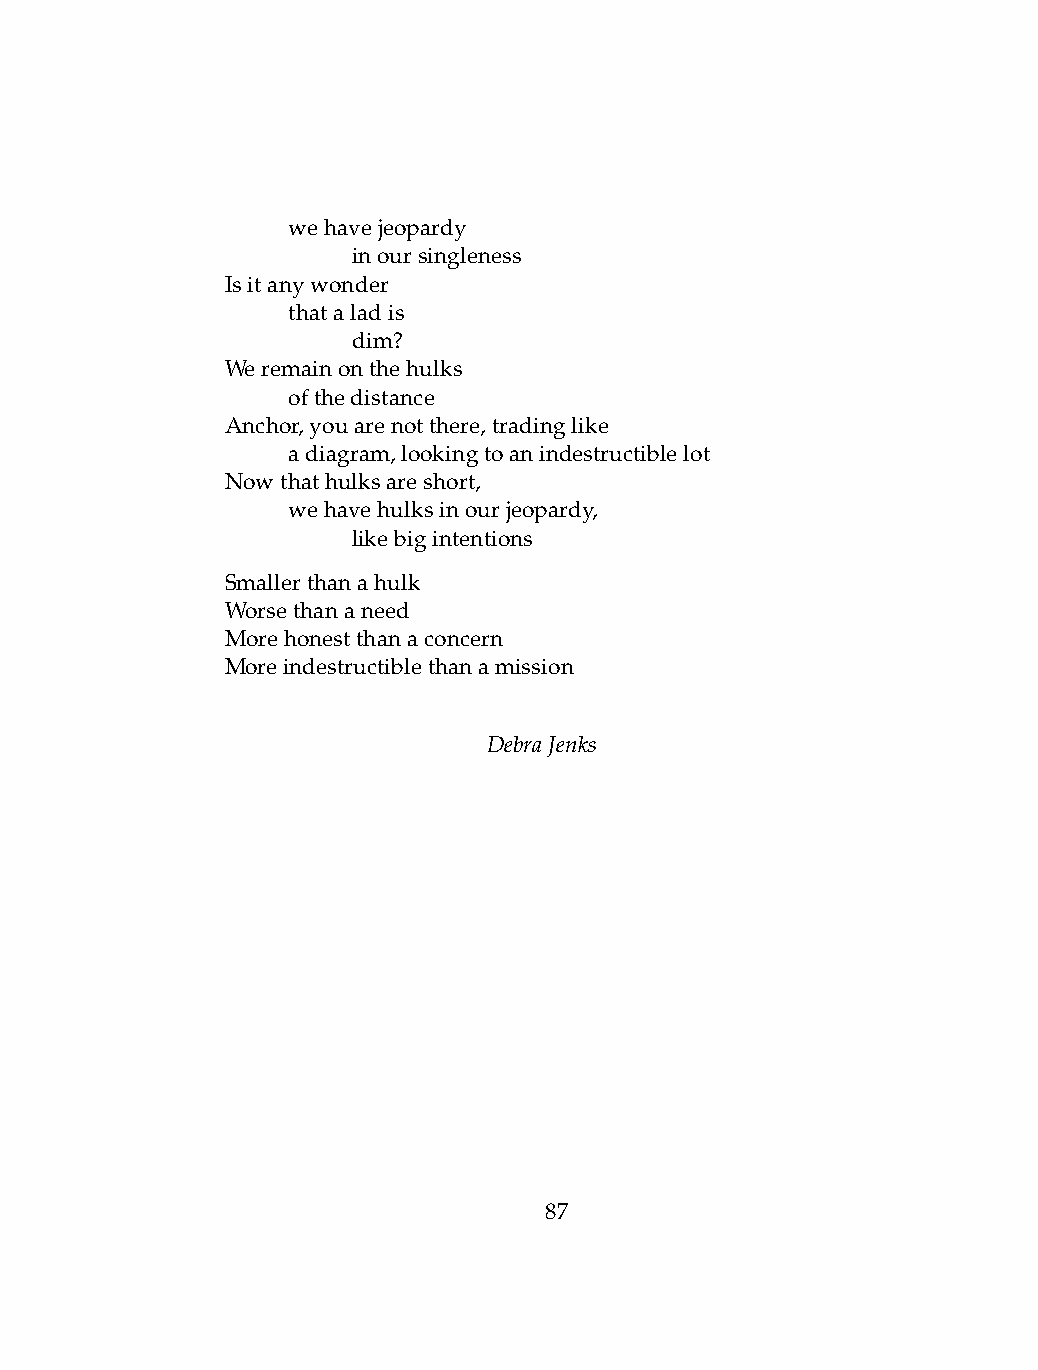
.   wehavejeopardy
 .   .   inoursingleness
 Isitanywonder
 .   thataladis
 .   .   dim?
 Weremainonthehulks
 .   ofthedistance
 Anchor,youarenotthere,tradinglike
 .   adiagram,lookingtoanindestructiblelot
 Nowthathulksareshort,
 .   wehavehulksinourjeopardy,
 .   .   likebigintentions
 Smallerthanahulk
 Worsethananeed
 Morehonestthanaconcern
 Moreindestructiblethanamission
 DebraJenks
 87